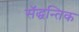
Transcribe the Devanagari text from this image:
सॅद्धन्तिक